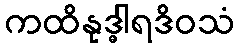
ကထိနုဒ္ဓါရဒိဝသံ